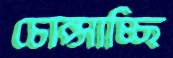
চোপ্‌সাচ্ছি